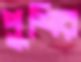
পুশির